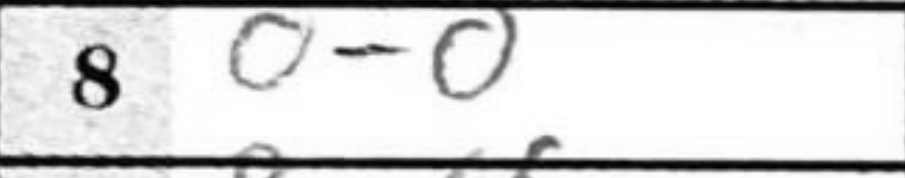
Transcription: O-O